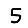
Digit: 5